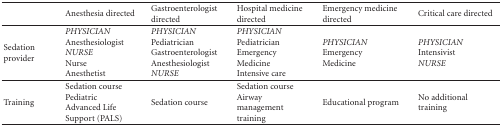
<table><thead><tr><td></td><td><b>Anesthesia directed</b></td><td><b>Gastroenterologist directed</b></td><td><b>Hospital medicine directed</b></td><td><b>Emergency medicine directed</b></td><td><b>Critical care directed</b></td></tr></thead><tbody><tr><td>Sedation provider</td><td><i>PHYSICIAN </i>Anesthesiologist<i>NURSE </i>Nurse Anesthetist</td><td><i>PHYSICIAN </i>PediatricianGastroenterologistAnesthesiologist<i>NURSE </i></td><td><i>PHYSICIAN </i>PediatricianEmergency MedicineIntensive care</td><td><i>PHYSICIAN </i>Emergency Medicine</td><td><i>PHYSICIAN </i>Intensivist<i>NURSE </i></td></tr><tr><td>Training</td><td>Sedation course Pediatric Advanced Life Support (PALS)</td><td>Sedation course</td><td>Sedation courseAirway management training</td><td>Educational program</td><td>No additional training</td></tr></tbody></table>